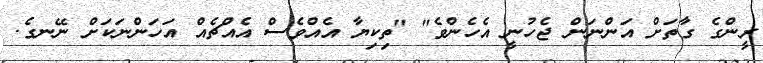
ރީންގެ ގާތަށް އަންނަން ޖެހުނީ އެހެންވެ" "ތިކިޔާ އެއްވެސް އެއްޗެއް އަހަންނަކަށް ނޭނގެ.